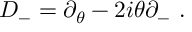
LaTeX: D _ { - } = \partial _ { \theta } - 2 i \theta \partial _ { - } \ .